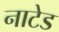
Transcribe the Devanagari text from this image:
नाटेड